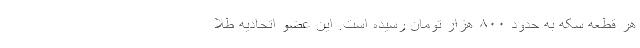
هر قطعه سکه به حدود ۸۰۰ هزار تومان رسیده است. این عضو اتحادیه طلا